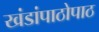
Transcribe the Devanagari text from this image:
खंडांपाठोपाठ